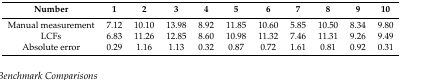
| Number | 1 | 2 | 3 | 4 | 5 | 6 | 7 | 8 | 9 | 10 |
 | --- | --- | --- | --- | --- | --- | --- | --- | --- | --- | --- |
 | Manual measurement | 7.12 | 10.10 | 13.98 | 8.92 | 11.85 | 10.60 | 5.85 | 10.50 | 8.34 | 9.80 |
 | LCFs | 6.83 | 11.26 | 12.85 | 8.60 | 10.98 | 11.32 | 7.46 | 11.31 | 9.26 | 9.49 |
 | Absolute error | 0.29 | 1.16 | 1.13 | 0.32 | 0.87 | 0.72 | 1.61 | 0.81 | 0.92 | 0.31 |